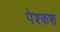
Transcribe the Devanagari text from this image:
पेश्कश